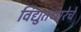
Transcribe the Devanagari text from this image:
विद्युतधारेचे